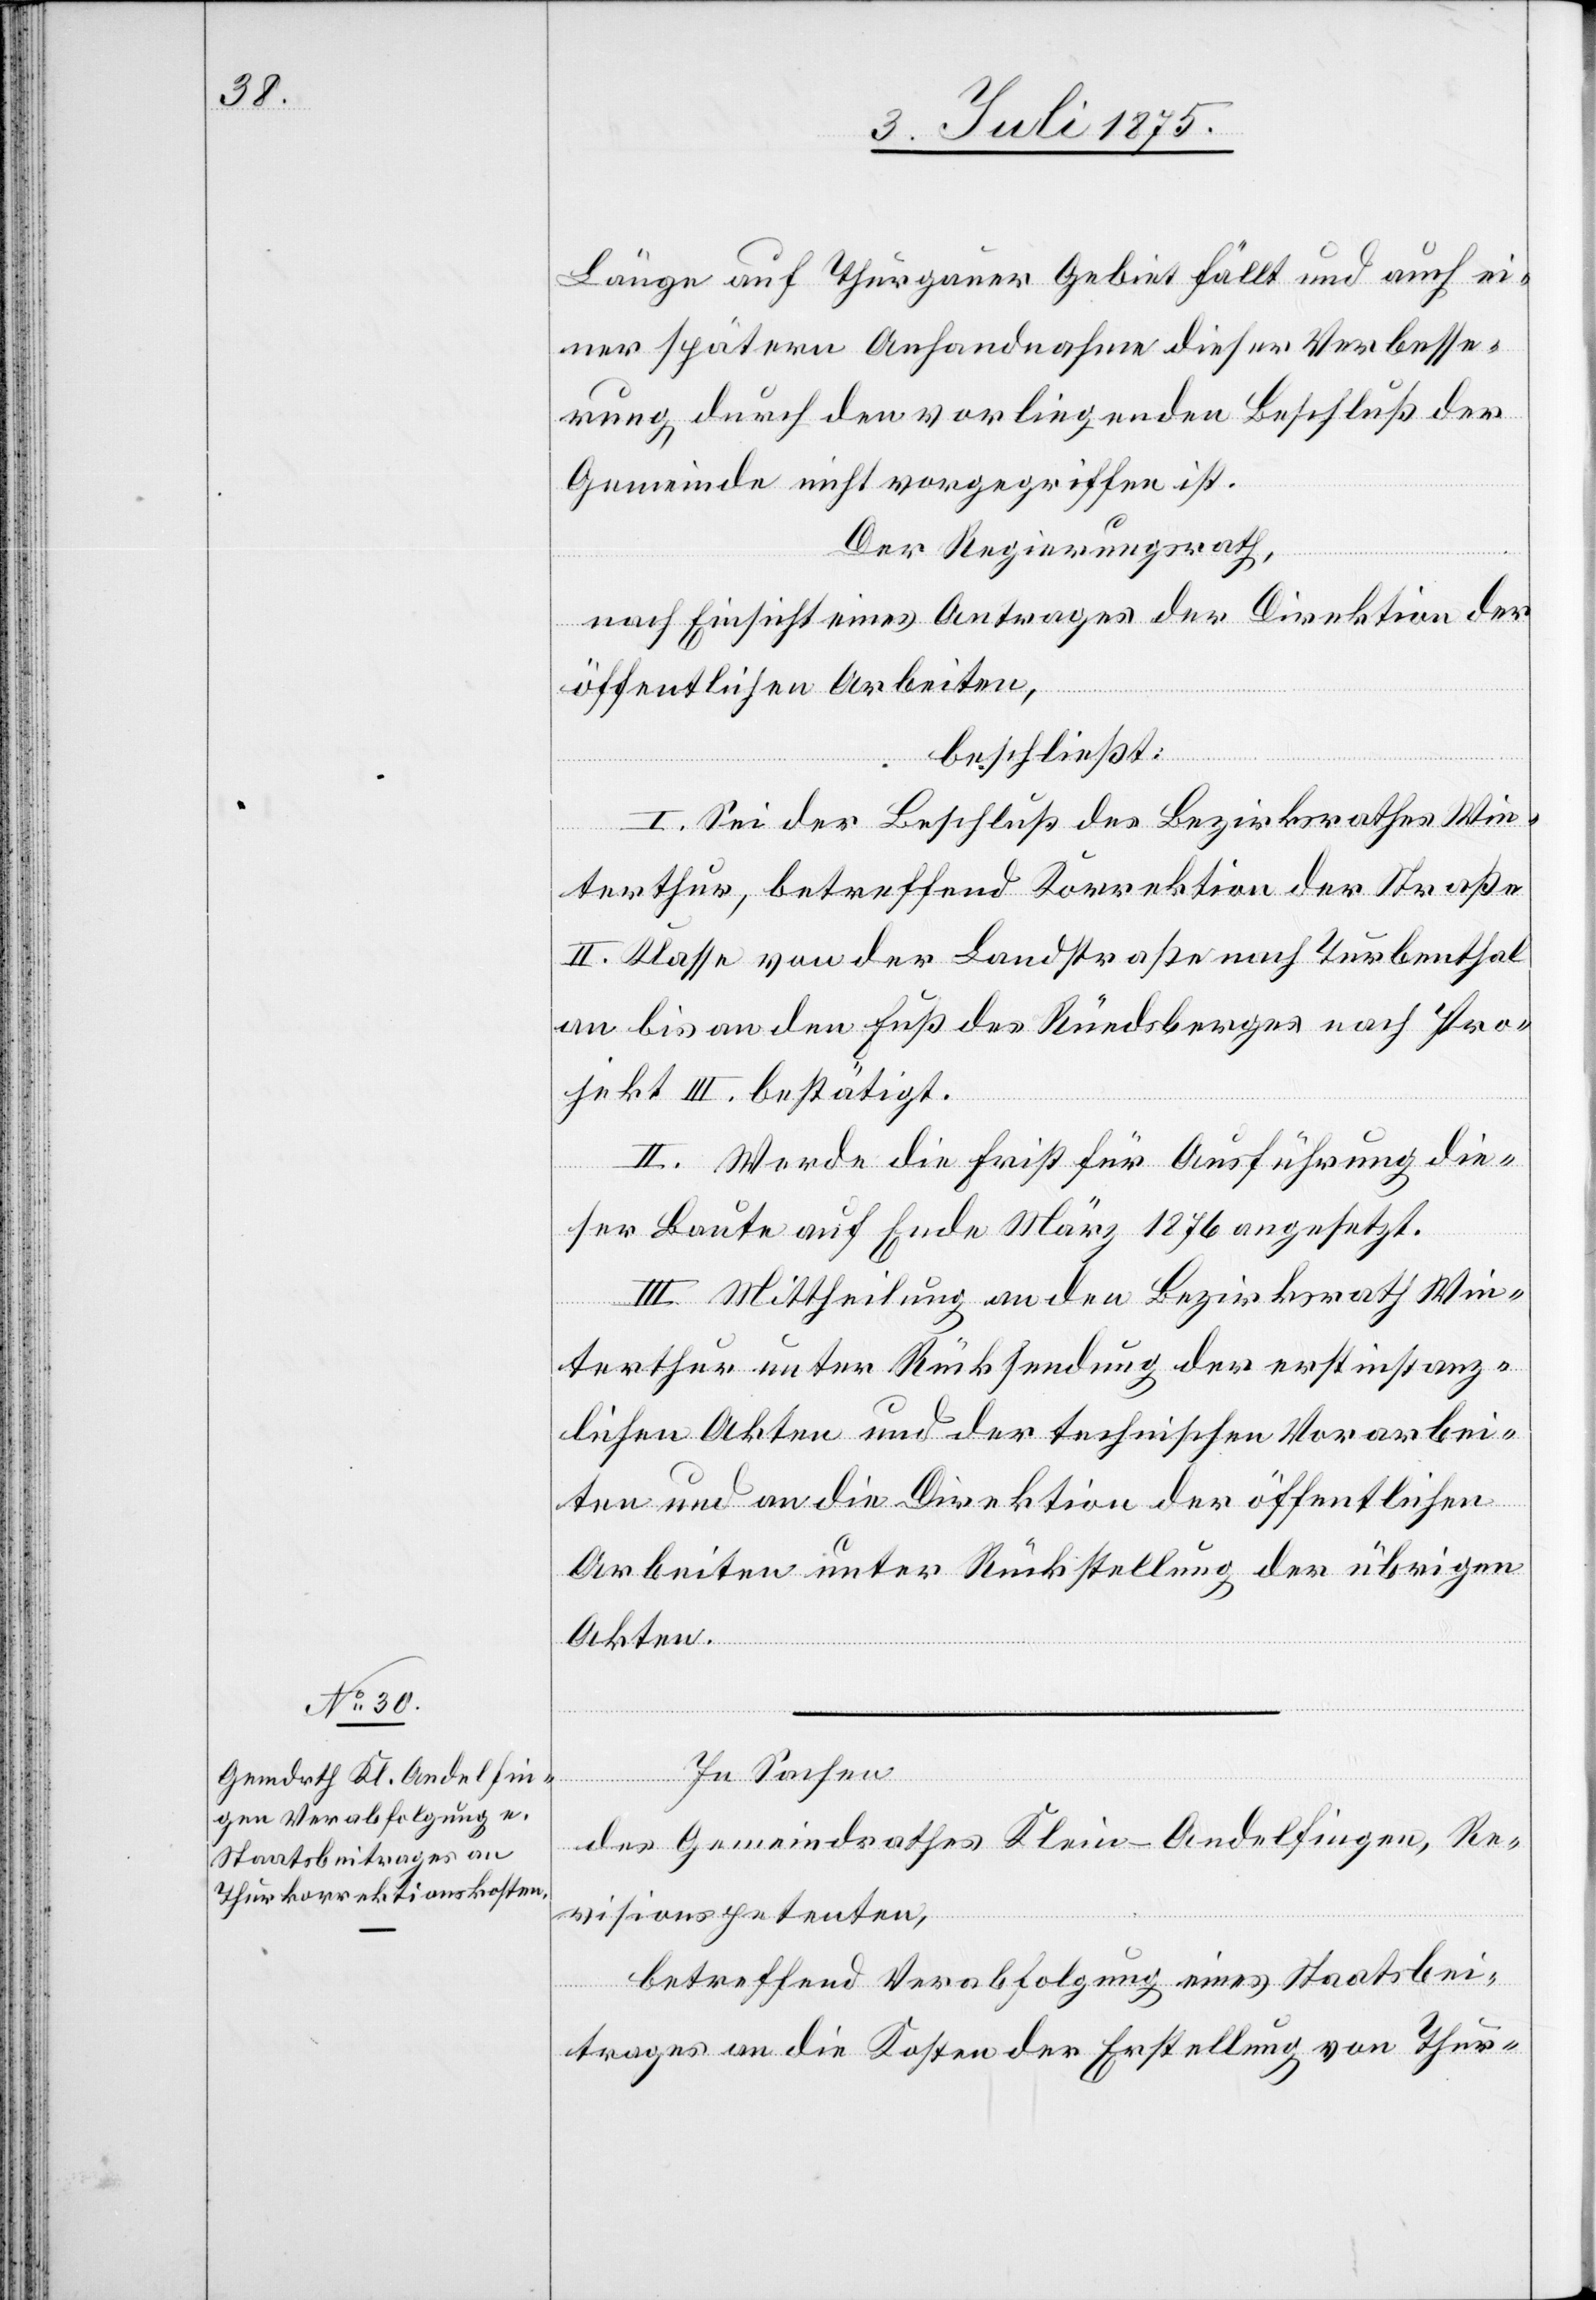
Länge auf Thurgauer Gebiet fällt und auch ei¬
ner spätern Anhandnahme dieser Verbesse¬
rung, durch den vorliegenden Beschluß der
Gemeinde nicht vorgegriffen ist.
Der Regierungsrath,
nach Einsicht eines Antrages der Direktion der
öffentlichen Arbeiten,
beschließt:
I. Sei der Beschluß des Bezirksrathes Win¬
terthur, betreffend Korrektion der Straße
II. Klasse von der Landstraße nach Turbenthal
an bis an den Fuß des Rüedsberges nach Pro¬
jekt III. bestätigt.
II. Werde die Frist für Ausführung die¬
ser Baute auf Ende März 1876 angesetzt.
III. Mittheilung an den Bezirksrath Win¬
terthur unter Rücksendung der erstinstanz¬
lichen Akten und der technischen Vorarbei¬
ten und an die Direktion der öffentlichen
Arbeiten unter Rückstellung der übrigen
Akten.
In Sachen
des Gemeindrathes Klein-Andelfingen, Re¬
visionspetenten,
betreffend Verabfolgung eines Staatsbei¬
trages an die Kosten der Erstellung von Thur-